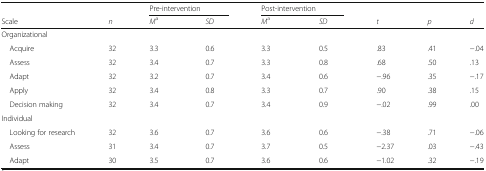
|  |  | <COLSPAN=2> Pre-intervention | <COLSPAN=2> Post-intervention |  |  |  |
 | Scale | n | Ma | SD | Ma | SD | t | p | d |
 | --- | --- | --- | --- | --- | --- | --- | --- | --- |
 | Organizational |  |  |  |  |  |  |  |  |
 | Acquire | 32 | 3.3 | 0.6 | 3.3 | 0.5 | .83 | .41 | −.04 |
 | Assess | 32 | 3.4 | 0.7 | 3.3 | 0.8 | .68 | .50 | .13 |
 | Adapt | 32 | 3.2 | 0.7 | 3.4 | 0.6 | −.96 | .35 | −.17 |
 | Apply | 32 | 3.4 | 0.8 | 3.3 | 0.7 | .90 | .38 | .15 |
 | Decision making | 32 | 3.4 | 0.7 | 3.4 | 0.9 | −.02 | .99 | .00 |
 | Individual |  |  |  |  |  |  |  |  |
 | Looking for research | 32 | 3.6 | 0.7 | 3.6 | 0.6 | −.38 | .71 | −.06 |
 | Assess | 31 | 3.4 | 0.7 | 3.7 | 0.5 | −2.37 | .03 | −.43 |
 | Adapt | 30 | 3.5 | 0.7 | 3.6 | 0.6 | −1.02 | .32 | −.19 |